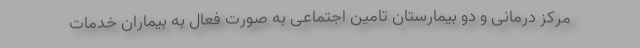
مرکز درمانی و دو بیمارستان تامین اجتماعی به صورت فعال به بیماران خدمات